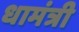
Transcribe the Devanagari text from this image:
धामंत्री